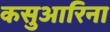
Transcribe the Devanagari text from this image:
कसुआरिना